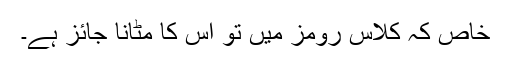
خاص کہ کلاس رومز میں تو اس کا مٹانا جائز ہے۔